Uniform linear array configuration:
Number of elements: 32
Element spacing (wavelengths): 0.25
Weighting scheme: kaiser
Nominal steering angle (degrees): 45
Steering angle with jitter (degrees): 46.205
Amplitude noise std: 0.05
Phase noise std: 0.05

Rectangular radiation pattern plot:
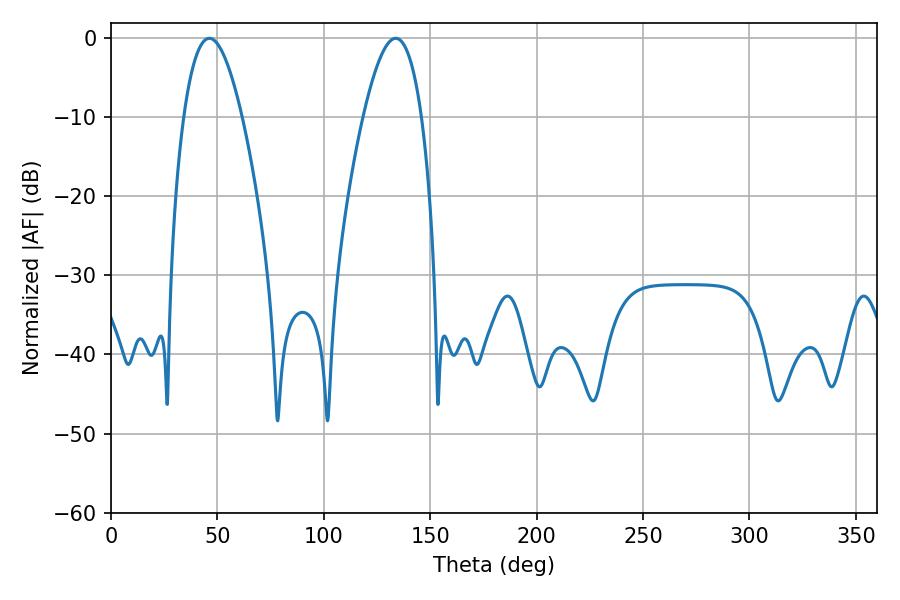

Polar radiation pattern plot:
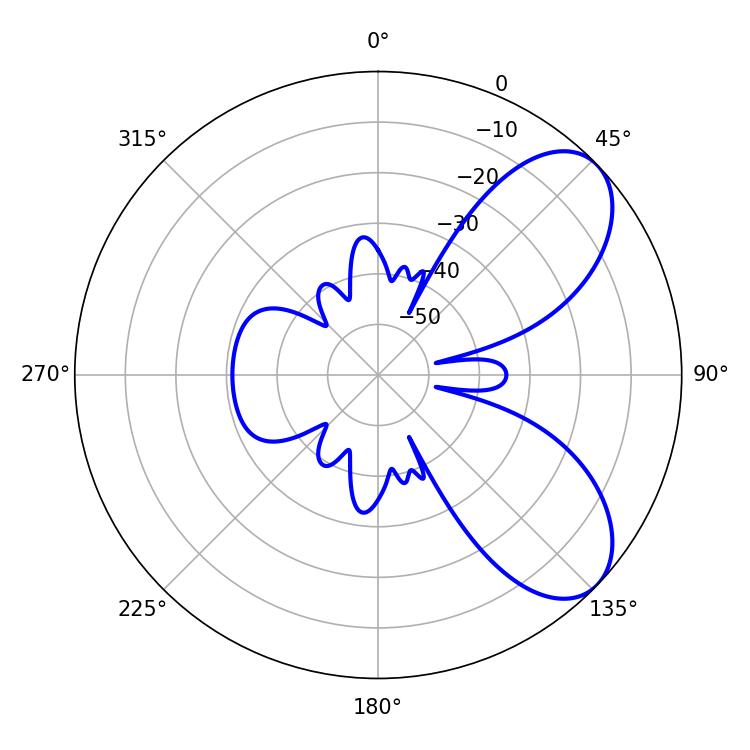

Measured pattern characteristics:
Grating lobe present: FALSE
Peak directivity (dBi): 6.883
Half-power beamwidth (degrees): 14.94
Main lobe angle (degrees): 46.26